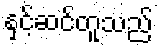
နှင့်ဆင်တူသည်